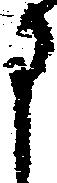
申